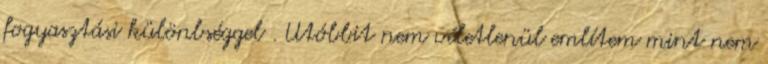
fogyasztási különbséggel . Utóbbit nem véletlenül említem mint nem